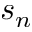
s _ { n }